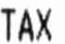
TAX